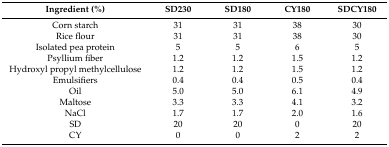
| Ingredient (%) | SD230 | SD180 | CY180 | SDCY180 |
 | --- | --- | --- | --- | --- |
 | Corn starch | 31 | 31 | 38 | 30 |
 | Rice flour | 31 | 31 | 38 | 30 |
 | Isolated pea protein | 5 | 5 | 6 | 5 |
 | Psyllium fiber | 1.2 | 1.2 | 1.5 | 1.2 |
 | Hydroxyl propyl methylcellulose | 1.2 | 1.2 | 1.5 | 1.2 |
 | Emulsifiers | 0.4 | 0.4 | 0.5 | 0.4 |
 | Oil | 5.0 | 5.0 | 6.1 | 4.9 |
 | Maltose | 3.3 | 3.3 | 4.1 | 3.2 |
 | NaCl | 1.7 | 1.7 | 2.0 | 1.6 |
 | SD | 20 | 20 | 0 | 20 |
 | CY | 0 | 0 | 2 | 2 |